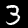
Digit: 3